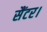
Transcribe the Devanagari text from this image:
सैंटर।